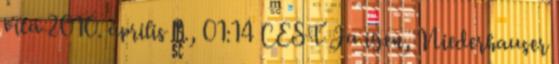
vita 2010. április 3., 01:14 CEST Ja igen, Niederhauser